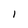
Character: I